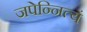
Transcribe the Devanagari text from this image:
जपेन्नित्यं